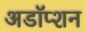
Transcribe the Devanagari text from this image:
अडॉप्शन